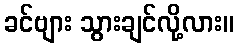
ခင်ဗျား သွားချင်လို့လား။